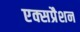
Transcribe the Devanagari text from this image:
एक्सप्रैशन